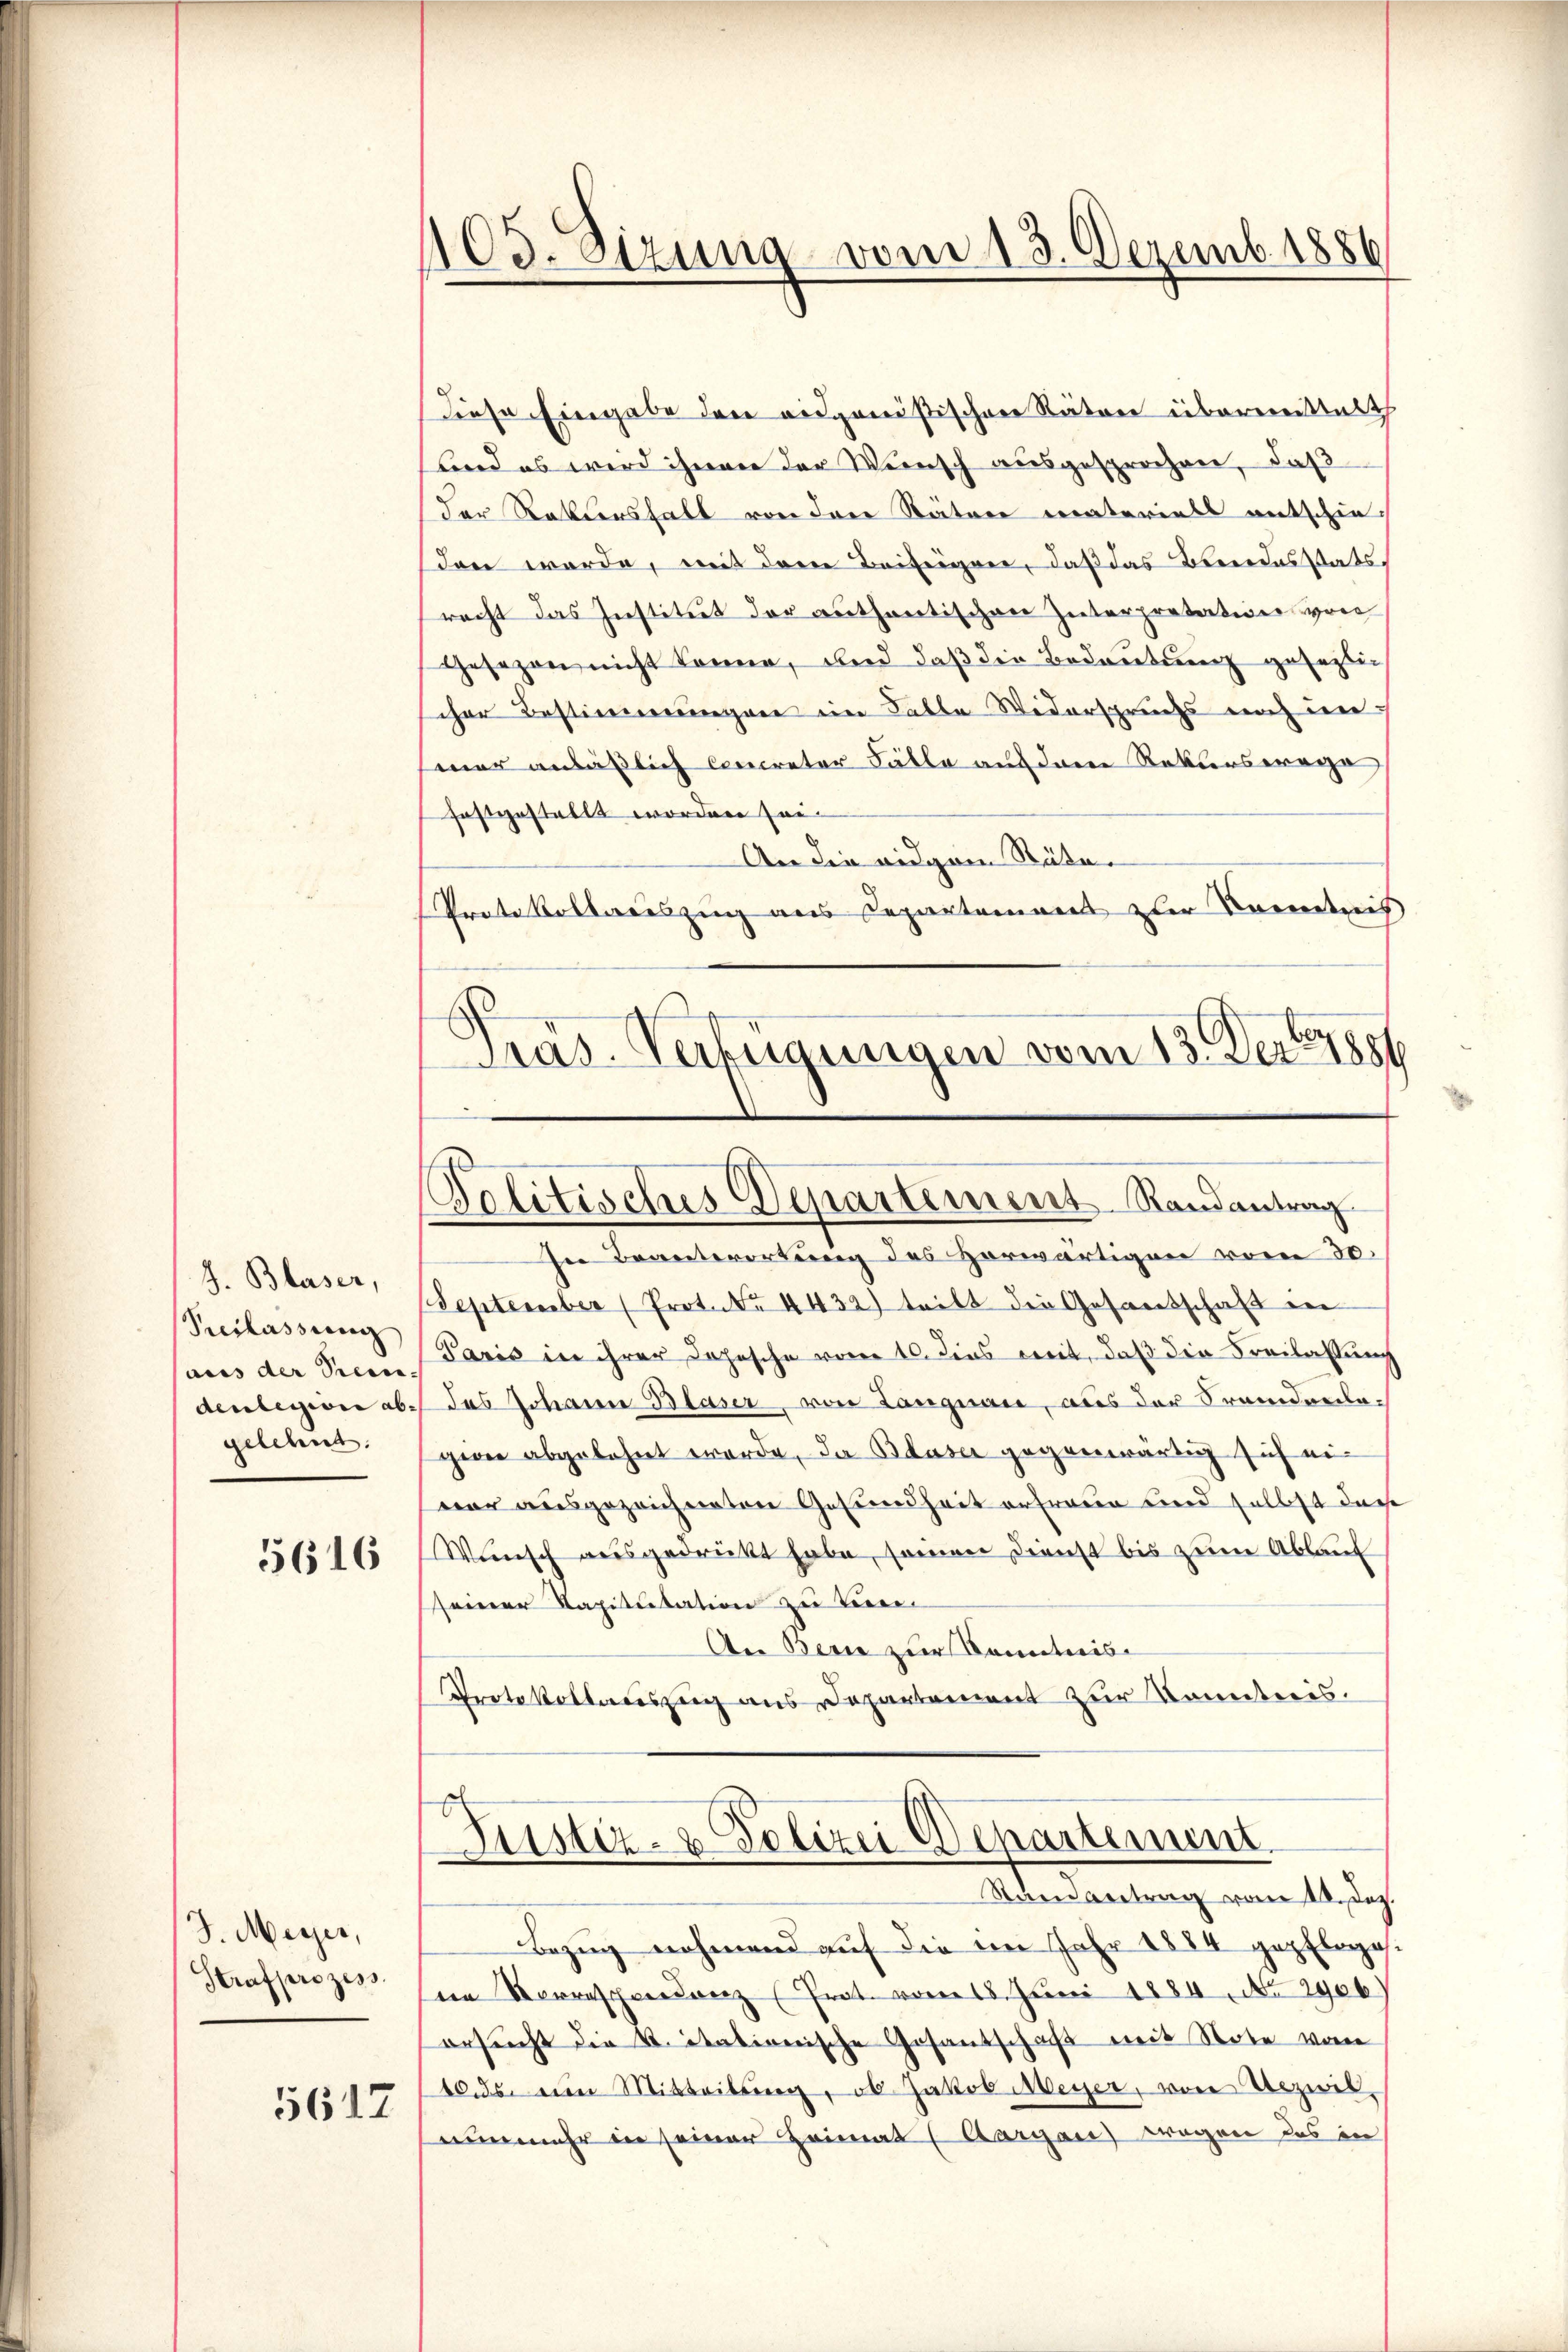
J. Blaser,
Preslassung
gelehnt.

5616

J. Meyer,
Strafprozess
5617

103. Sizung vom 13. Dezemb. 1886

diese Eingabe der eidgenößischen Rätere übermittalt
und es wird ihnen der Wunsch ausgesprochen, daß
Der Rattershalt von dene Räter materiell entschieden werde, mit dem Beiteigen, daß das Beendesstats
racht das Institut der authentischen Interpretation von
Gesezen nicht könne, und daß die Bedeutung geseztig
cher Bestimmungen im Falle Widerspruchs noch den
mar anläßlich concreter Fälle auf den Rekurswege
festgestellt worden sei.
An die eidgen Räten
Protokollauszug aus Departement zur Kenntnis
Pras. Verfügungen vom 13. Dezbr

Politisches Departement Randantrag

In Beantwortung des herwärtigen vom 30.
September (Prot. No. 4432) tritt die Gesandschaft in
aus der Vicen Paris in ihrer Depesche vom 10. dies weit, daß die Freilassung
denlegione ab. das Johann Blaser, von Langnau, aus der Fremdenlagenie abgelehnt werde, da Blaser gegenwärtig sich ei-
vor ausgezeichneten Gesundheit anfraue und selbst dasse
Wünsch ausgedruckt habe, seinen Dienst bis zŭm Ablauf
seiner Kapitulation zu verei¬
An Berne zur Kenntnis
Protokollauszug aus Departement zur Kenntnis.

b
Justiz- & Polizei Departement.
Runantrag vom 18. Dez.

Bezug nehmend auf die im Jahr 1884 gepflege
en Verraschendenz (Prat. vom 18. Juni 1884. No. 2906.
ersucht die vitationische Gesantschaft mit Note von
10. ds. ein Mitteilŭng, ob Jakob Meyer, von Bezwil-
nunmehr in seiner Heimat (Aargau) wegen des in